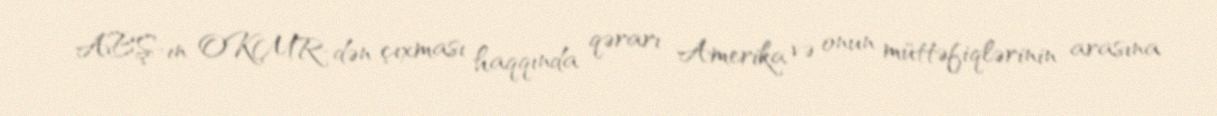
ABŞ-ın OKMR-dən çıxması haqqında qərarı Amerika və onun müttəfiqlərinin arasına